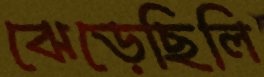
ঝেড়েছিলি